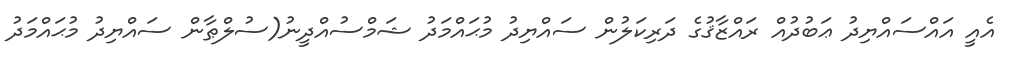
އެއީ އައްސައްޔިދު ޢަބުދުއް ރައްޒާޤުގެ ދަރިކަލުން ސައްޔިދު މުޙައްމަދު ޝަމްސުއްދީނު(ސުލްޠާން ސައްޔިދު މުޙައްމަދު